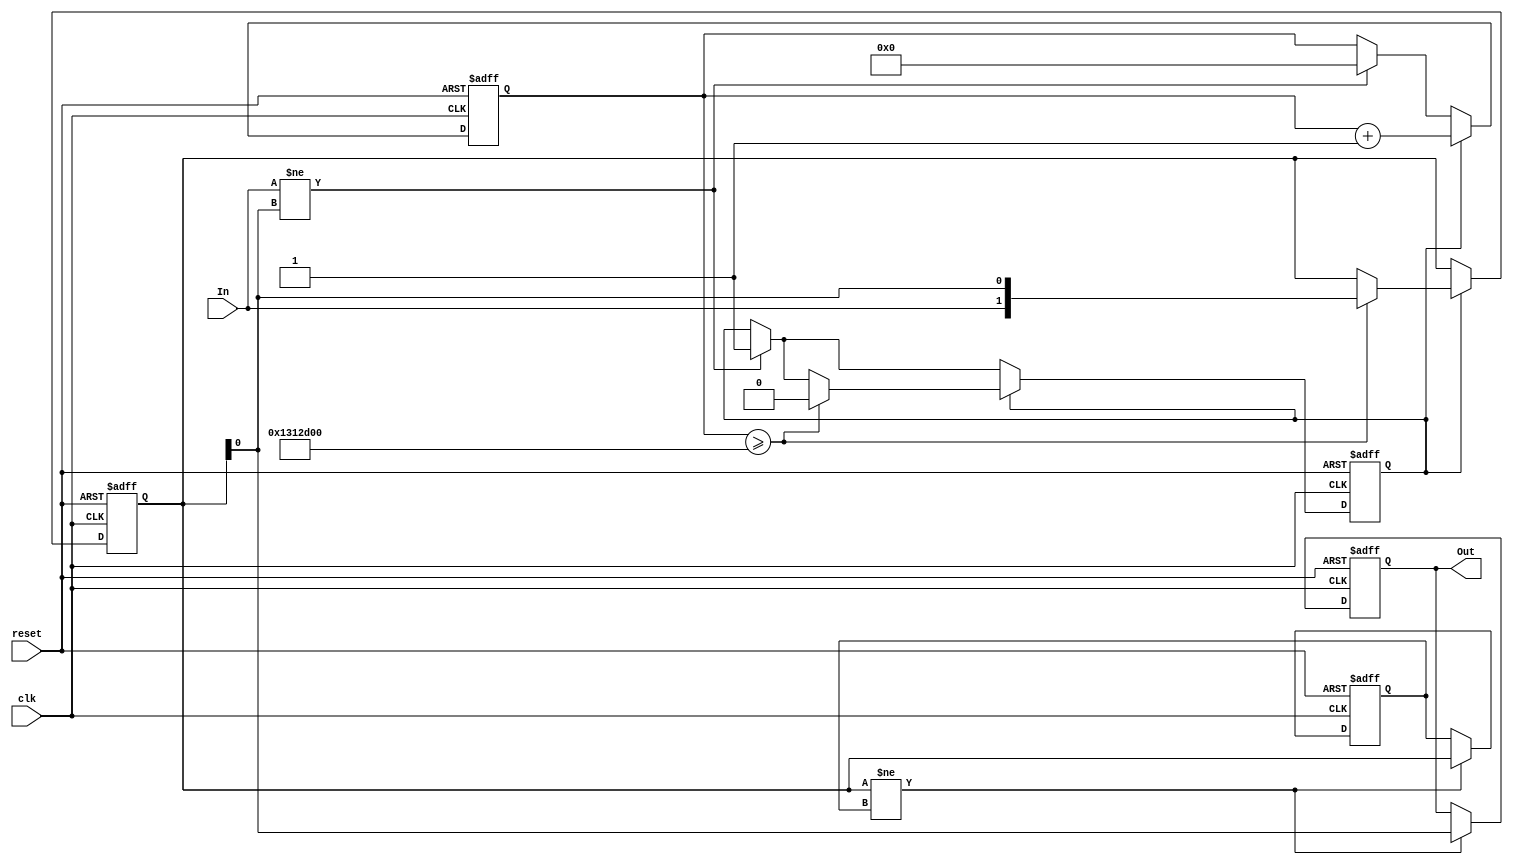
module DebouncedEdgeDetector (
    input wire clk,            // Clock signal
    input wire reset,          // Asynchronous reset
    input wire In,            // Noisy input signal
    output reg Out            // Clean output signal
);

    // Parameters for debounce timing
    parameter DEBOUNCE_TIME = 20_000_000; // Adjust this value based on the clock frequency (e.g., for 50MHz, this is ~400ms)
    
    // State registers
    reg [1:0] state;          // Current state (0: stable low, 1: stable high)
    reg [1:0] prev_state;     // Previous stable state
    reg [23:0] debounce_counter; // Counter for debounce timing
    reg debounce_active;       // Flag to indicate debounce timing is active

    // State encoding
    localparam STABLE_LOW = 2'b00;
    localparam STABLE_HIGH = 2'b01;
    
    // State update logic
    always @(posedge clk or posedge reset) begin
        if (reset) begin
            state <= STABLE_LOW; // Initialize to stable low
            prev_state <= STABLE_LOW;
            debounce_counter <= 0;
            debounce_active <= 0;
            Out <= 0;
        end else begin
            // Check for state change
            if (In != state[0]) begin // If input changes
                debounce_counter <= 0; // Reset counter
                debounce_active <= 1;   // Start debounce timing
            end
            
            // Debounce logic
            if (debounce_active) begin
                debounce_counter <= debounce_counter + 1;
                if (debounce_counter >= DEBOUNCE_TIME) begin
                    state <= {In, state[0]}; // Update state to current input
                    debounce_active <= 0;    // Stop debounce timing
                end
            end
            
            // Edge detection
            if (state != prev_state) begin
                Out <= state[0]; // Update output to the current stable state
                prev_state <= state; // Update previous state
            end
        end
    end
endmodule